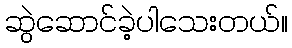
ဆွဲဆောင်ခဲ့ပါသေးတယ်။